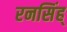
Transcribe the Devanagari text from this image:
रनसिंह्